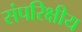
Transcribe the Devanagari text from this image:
संपरिक्षीय